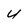
Character: U